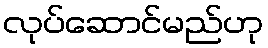
လုပ်ဆောင်မည်ဟု